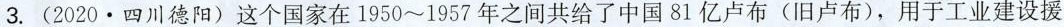
3. (2020·四川德阳)这个国家在1950~1957年之间共给了中国81亿卢布(旧卢布)，用于工业建设援